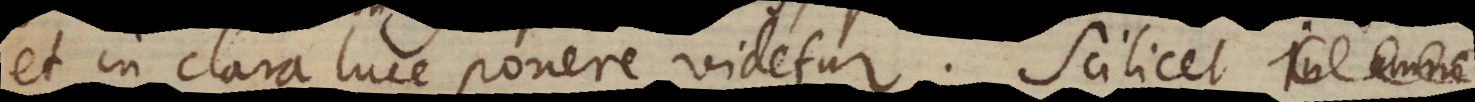
et in clara luce ponere videtur. Scilicet in